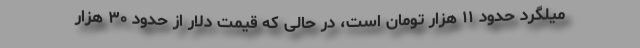
میلگرد حدود ۱۱ هزار تومان است، در حالی که قیمت دلار از حدود ۳۰ هزار